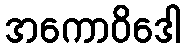
အကောဝိဒေါ